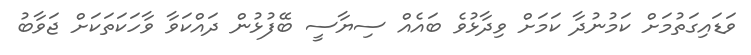
ވަޑައިގަތުމަށް ކަމުނުދާ ކަމަށް ވިދާޅުވެ ބައެއް ސިޔާސީ ބޭފުޅުން ދައްކަވާ ވާހަކަތަކަށް ޖަވާބު